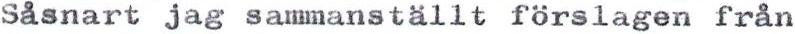
Såsnart jag sammanställt förslagen från